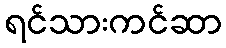
ရင်သားကင်ဆာ